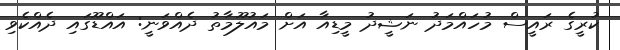
ކުރީގެ ރައީސް މުހައްމަދު ނަޝީދު މީޑިއާ އަށް މައުލޫމާތު ދެއްވަނީ: އައްޑޫގައި ދެއްކެވި